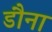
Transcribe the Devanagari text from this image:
डौना